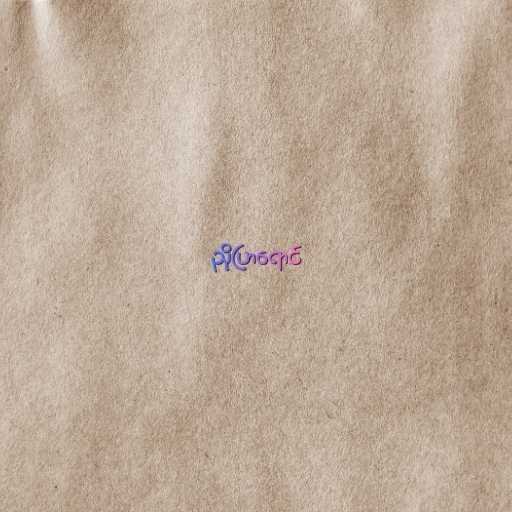
ညိုပြာရောင်